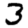
Digit: 3